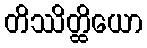
တိဿိတ္ထိယော